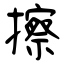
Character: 擦